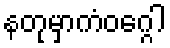
နတုမှာကံဝဂ္ဂေါ